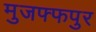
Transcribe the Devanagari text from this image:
मुजफ्फपुर